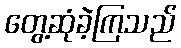
တွေ့ဆုံခဲ့ကြသည်